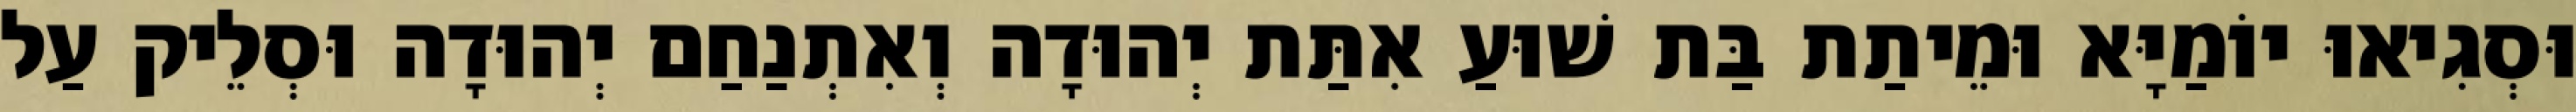
וּסְגִיאוּ יוֹמַיָּא וּמֵיתַת בַּת שׁוּעַ אִתַּת יְהוּדָה וְאִתְנַחַם יְהוּדָה וּסְלֵיק עַל